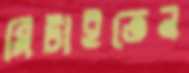
মিটাইতেন